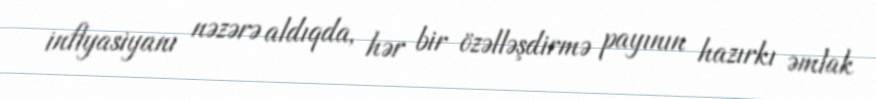
inflyasiyanı nəzərə aldıqda, hər bir özəlləşdirmə payının hazırkı əmlak